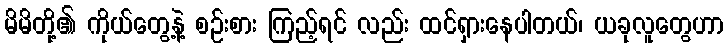
မိမိတို့၏ ကိုယ်တွေ့နဲ့ စဉ်းစား ကြည့်ရင် လည်း ထင်ရှားနေပါတယ်၊ ယခုလူတွေဟာ